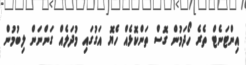
އިންޓަނެޓް ތެރެ ހޯދަމުން ގޮސް ތަންކޮޅެއް ހެޔޮ އަގުގައި މުދަލެއް ގަންނަން ލިބުމުން